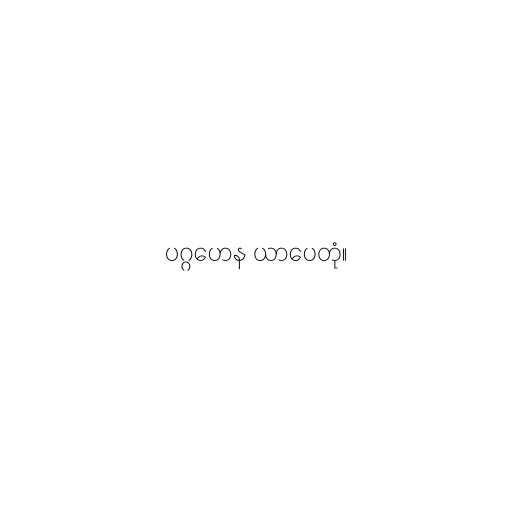
ပဂ္ဂဟေန ယာပေတုံ။